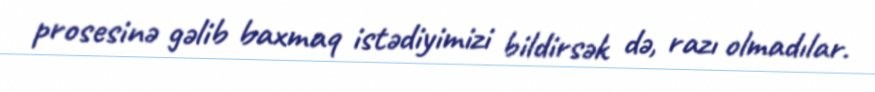
prosesinə gəlib baxmaq istədiyimizi bildirsək də, razı olmadılar.